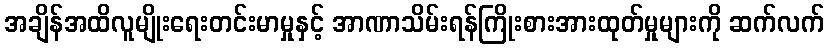
အချိန်အထိလူမျိုးရေးတင်းမာမှုနှင့် အာဏာသိမ်းရန်ကြိုးစားအားထုတ်မှုများကို ဆက်လက်